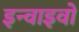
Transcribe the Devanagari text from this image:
इन्वाइवो